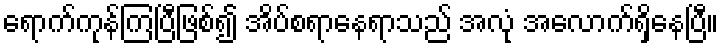
ရောက်ကုန်ကြပြီဖြစ်၍ အိပ်စရာနေရာသည် အလုံ အလောက်ရှိနေပြီ။